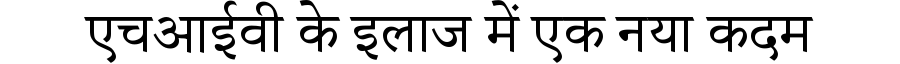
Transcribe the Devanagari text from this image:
एचआईवी के इलाज में एक नया कदम